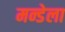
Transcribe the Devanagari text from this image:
मन्डेला